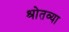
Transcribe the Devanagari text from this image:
श्रोतव्या